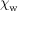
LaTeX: \chi _ { \mathrm { w } }